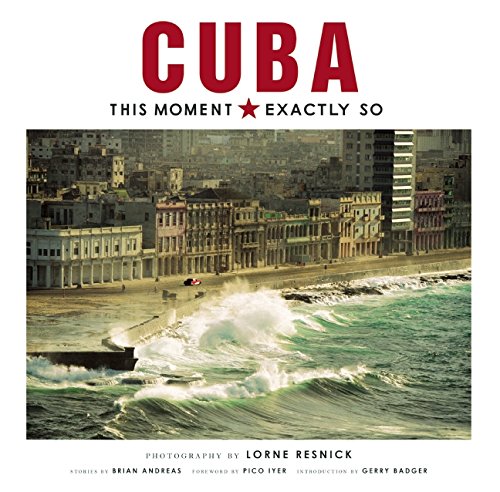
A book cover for Cuba: This Moment, Exactly So; Lorne Resnick; Arts & Photography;